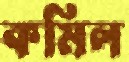
কমিল